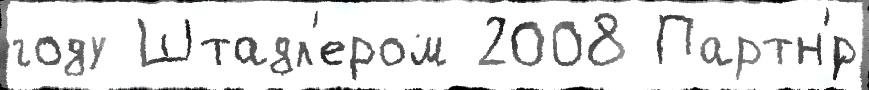
году Штадл'ером 2008 Партн'́р